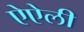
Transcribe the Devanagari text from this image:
ऐऐली